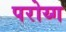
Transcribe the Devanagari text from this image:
परोय्ग